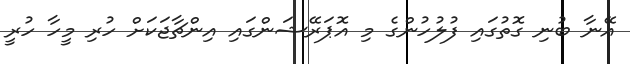
އޭނާ ބުނި ގޮތުގައި ފުލުހުންގެ މި އޮޕަރޭޝަންގައި އިންޗާޖަކަށް ހުރި މީހާ ހުރީ